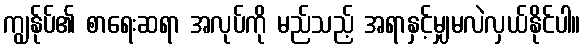
ကျွန်ုပ်၏ စာရေးဆရာ အလုပ်ကို မည်သည့် အရာနှင့်မျှမလဲလှယ်နိုင်ပါ။